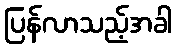
ပြန်လာသည့်အခါ